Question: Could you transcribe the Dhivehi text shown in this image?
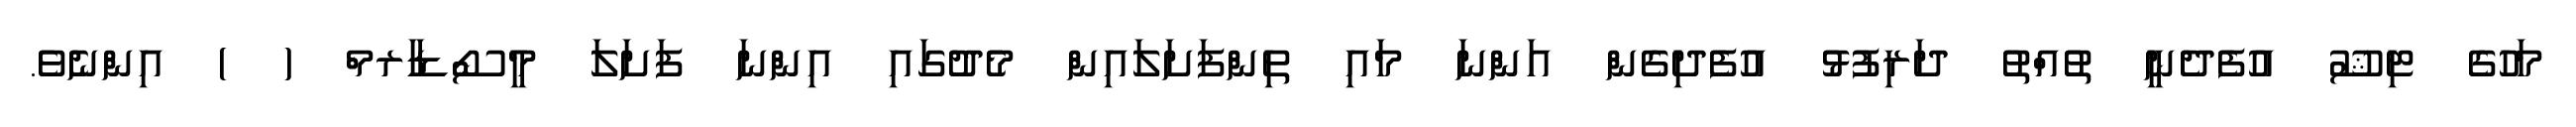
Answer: މަހުގެ ޓިޝޫ އުފެދެނީ ތުއްތު ދަރިފުޅު އުފެދިގެން އަންނަ މައި ތިންފަށަލައިން މެދުގައި އިންނަ ފަށަލަ މީސޯޑާރމް ( ) އިންނެވެ.